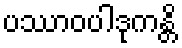
ပဿာဝပါဒုကန္တိ